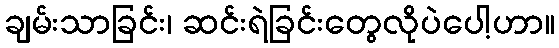
ချမ်းသာခြင်း၊ ဆင်းရဲခြင်းတွေလိုပဲပေါ့ဟာ။